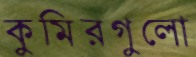
কুমিরগুলো